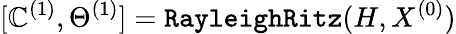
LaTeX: [\mathbb{C}^{(1)},\Theta^{(1)}]=\texttt{{RayleighRitz}}(H,X^{(0)})